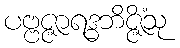
ပဗ္ဗဇ္ဇာရဒ္ဓဘိဇ္ဇိံသု